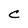
Character: C